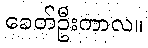
ခေတ်ဦးကာလ။